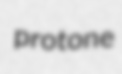
protone